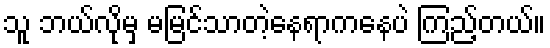
သူ ဘယ်လိုမှ မမြင်သာတဲ့နေရာကနေပဲ ကြည့်တယ်။